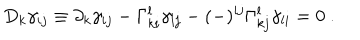
D _ { k } \gamma _ { i j } \equiv \partial _ { k } \gamma _ { i j } - \Gamma _ { k i } ^ { l } \gamma _ { l j } - ( - ) ^ { i j } \Gamma _ { k j } ^ { l } \gamma _ { l i } = 0 \ .